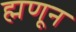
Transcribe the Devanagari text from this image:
ह्मणून